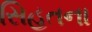
સિહતના